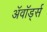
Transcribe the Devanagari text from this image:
अॅवॉर्ड्स